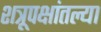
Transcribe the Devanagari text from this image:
शत्रूपक्षांतल्या